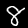
Digit: 8